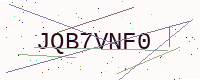
Text: JQB7VNF0